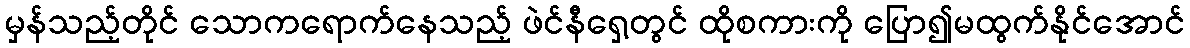
မှန်သည့်တိုင် သောကရောက်နေသည့် ဖဲင်နီရှေ့တွင် ထိုစကားကို ပြော၍မထွက်နိုင်အောင်